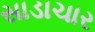
સાડાચાર